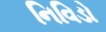
નિવિડો